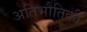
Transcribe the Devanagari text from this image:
अतिभौतिकी